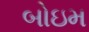
બોઇમ